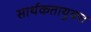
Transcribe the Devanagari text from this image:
सार्थकतायुक्त